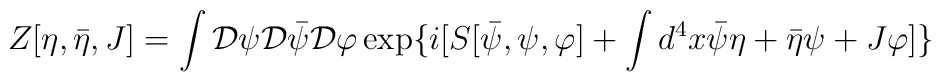
Z[\eta,\bar{\eta},J]=\int{\cal D}\psi{\cal D}\bar{\psi}{\cal D}\varphi\exp\{i[S[\bar{\psi},\psi,\varphi]+\int d^{4}x \bar{\psi}\eta+\bar{\eta}\psi+J\varphi]\}